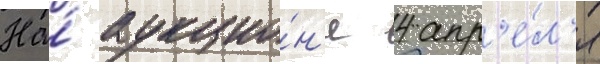
На́ аукцио́н'е 4 апр'е́л'я